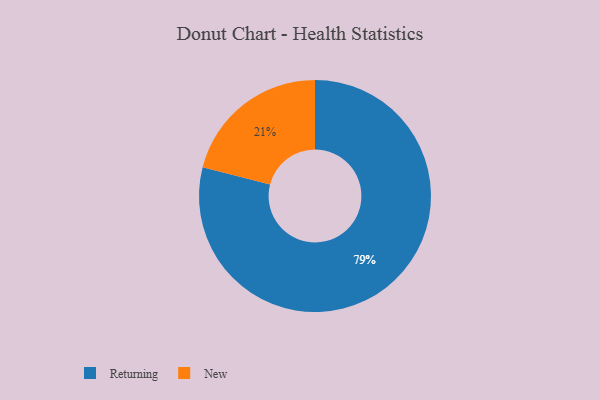
{"axis": {"x": "Category", "y": "Percentage"}, "legend": ["New", "Returning"], "data": [{"x": "New", "y": 21, "type": "New"}, {"x": "Returning", "y": 79, "type": "Returning"}]}